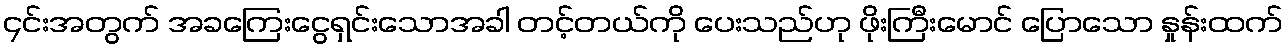
၄င်းအတွက် အခကြေးငွေရှင်းသောအခါ တင့်တယ်ကို ပေးသည်ဟု ဖိုးကြီးမောင် ပြောသော နှုန်းထက်